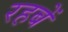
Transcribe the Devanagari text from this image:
रहबें